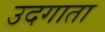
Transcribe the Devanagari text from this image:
उदगाता